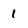
Character: 1